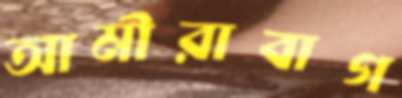
আমীরাবাগ